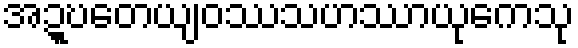
အဍ္ဎတေယျဝဿသဟဿာယုကေသု